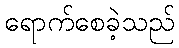
ရောက်စေခဲ့သည်